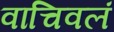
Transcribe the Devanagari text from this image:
वाचिवलं